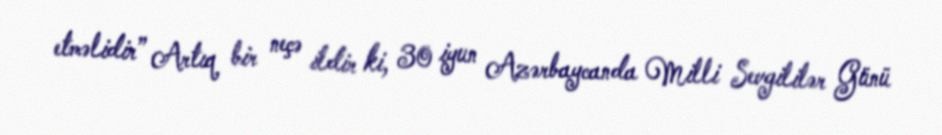
etməlidir” Artıq bir neçə ildir ki, 30 iyun Azərbaycanda Milli Sevgililər Günü